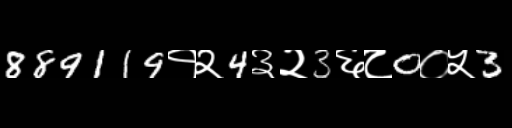
Text: 889119१२4३२3६८0०५3